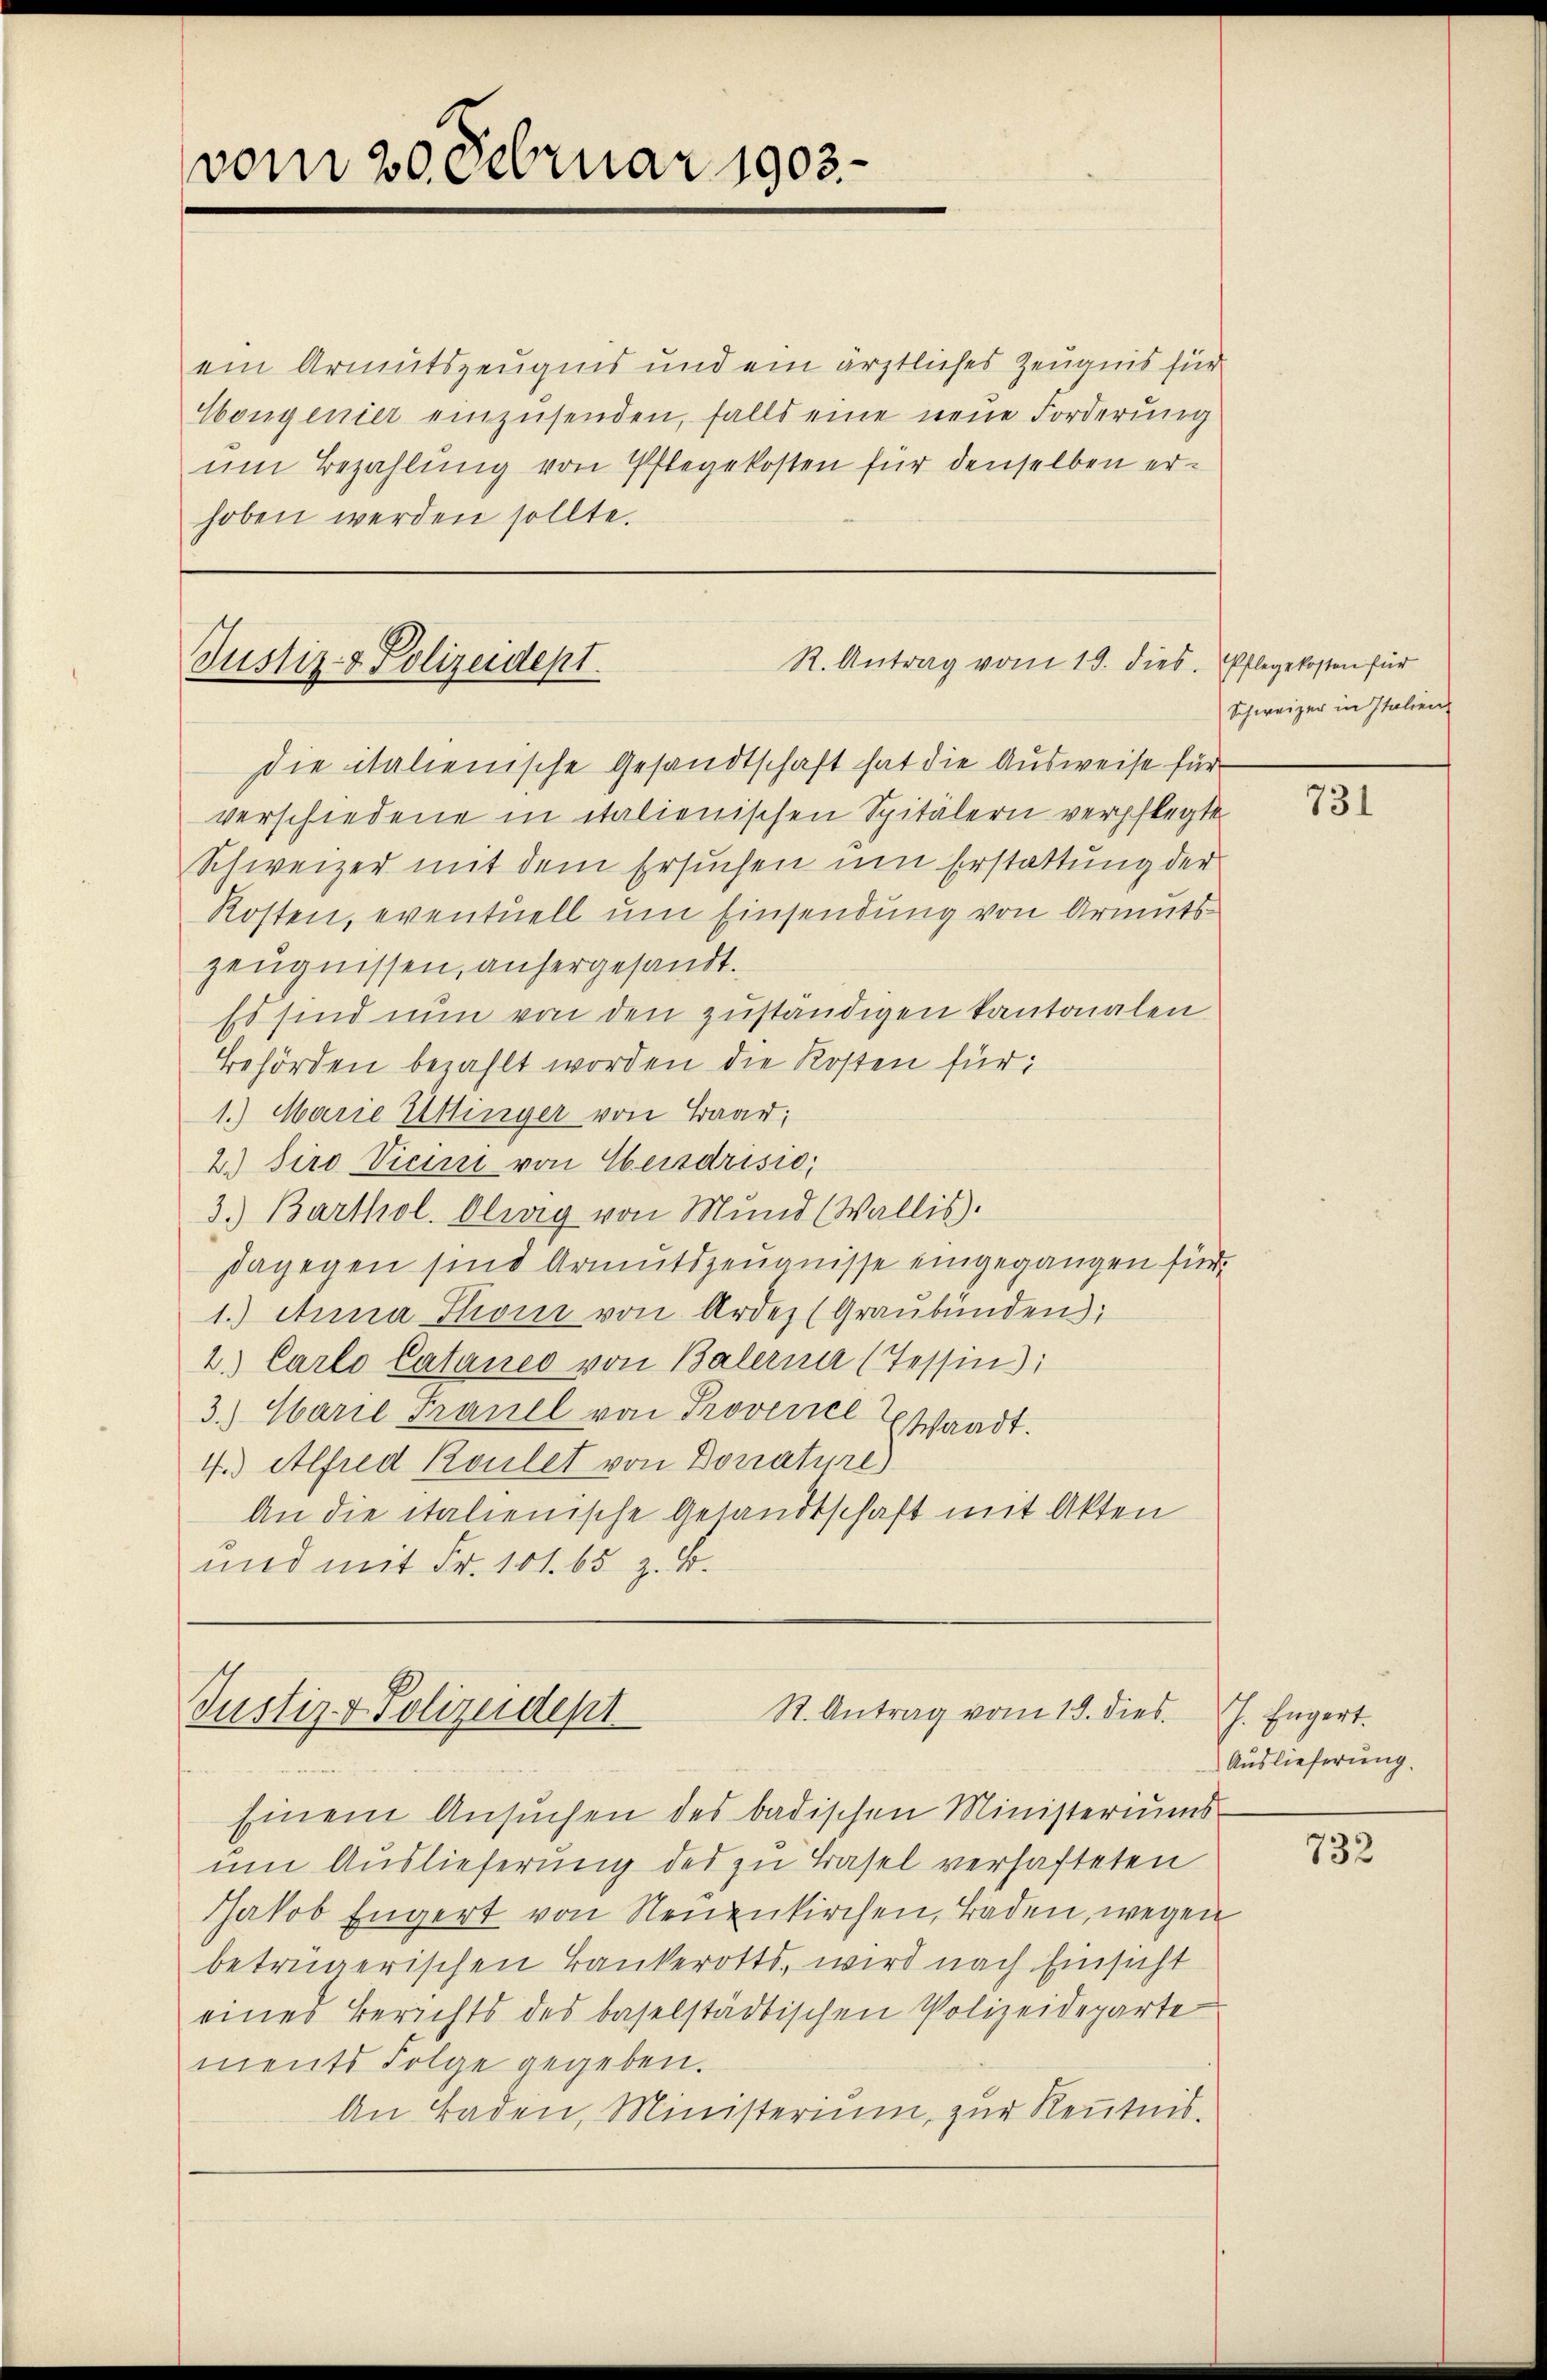
vom 20. Februar 1903.

ein Armutszeugnis und ein ärztliches Zeugnis für
Hongenier einzusenden, falls eine neue Forderung
um Bezahlung von Pflegekosten für denselben erhoben werden sollte.

R. Antrag vom 19. dies. Pflegekosten für
Justiz- & Polizeidept.

die italienische Gesandtschaft hat die Ausweise für
verschiedene in italienischen Spitälern verpflegte
Schweizer mit dem Ersuchen um Erstattung der
Kosten, eventuell um Einsendung von Armutszeugnissen, anhergesandt.
Es sind nun von den zuständigen kantonalen
Behörden bezahlt worden die Kosten für
1.) Marie Uttinger von Braar;
2.) Siro Vicini von Obersdrisio
3.) Barthol. Olwig von Mund (Wallis.
dagegen sind Armutszeugnisse eingegangen für
1.) Anna Stoni von Ardes (Graubünden;
2.) Carlo Cataneo von Balerna (Tessin:
3.) Marie Frauel von Provence Essaadt.
4.) Alfred Koulet von Donature)
An die italienische Gesandtschaft mit Akten
und mit Fr. 101. 65 z. B.

Einem Ansuchen des badischen Ministeriums
um Auslieferung des zu Basel verhafteten
Jakob Engert von Neuenkirchen, Baden, wegen
betrügerischen Bankerotts, wird nach Einsicht
eines Berichts des baselstädtischen Polizeideparte
ments Folge gegeben.
An Baden, Ministerium, zur Kenntnis.

St. Antrag vom 19. dies
Justiz- & Polizeidept

Schweizer in Italien

731

J. Engert.
Auslieferung.

732